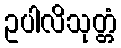
ဥပါလိသုတ္တံ